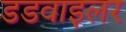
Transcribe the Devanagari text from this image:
डडवाइलर